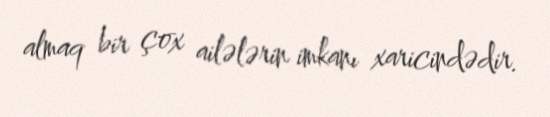
almaq bir çox ailələrin imkanı xaricindədir.